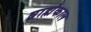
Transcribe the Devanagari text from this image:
ब्राह्मंकाल